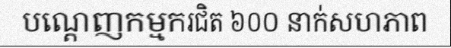
បណ្តេញកម្មករជិត ៦០០ នាក់សហភាព